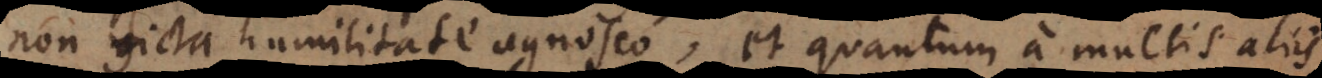
non ficta humilitate agnosco, et quantum a multis aliis